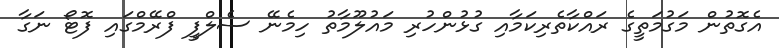
އެގޮތުން މަގުމަތީގެ ރައްކާތެރިކަމާއި ގުޅުންހުރި މައުލޫމާތު ހިމެނޭ ސެލްފީ ފްރޭމްގައި ފޮޓޯ ނަގާ